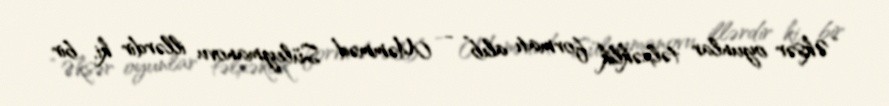
“Əksər oyunlar təlxəklik formatı alıb” - Məmməd Süleymanovu illərdir ki, bir